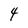
Character: 4